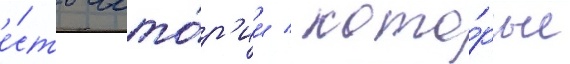
е́сть исто́р'ии / кото́рые